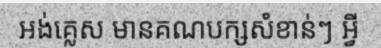
អង់គ្លេស មានគណបក្សសំខាន់ៗ អ្វី